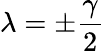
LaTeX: \lambda=\pm\frac{\gamma}{2}